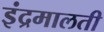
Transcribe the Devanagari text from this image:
इंद्रमालती